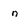
Character: n